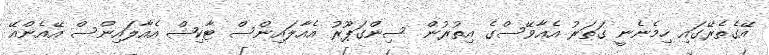
އޭގެތެރޭގައި ހިމެނެނީ ގަތަރު އެއާވޭސްގެ އިތުރުން ސިންގަޕޫރު އެއާލައިންސް ޓާކިޝް އެއާލައިންސް އޭއެންއޭ